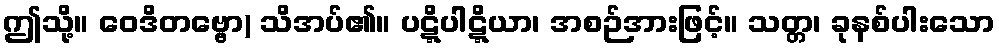
ဤသို့။ ဝေဒိတဗ္ဗော) သိအပ်၏။ ပဋ္ဋိပါဋ္ဋိယာ၊ အစဉ်အားဖြင့်။ သတ္တ၊ ခုနစ်ပါးသော